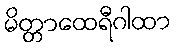
မိတ္တာထေရီဂါထာ